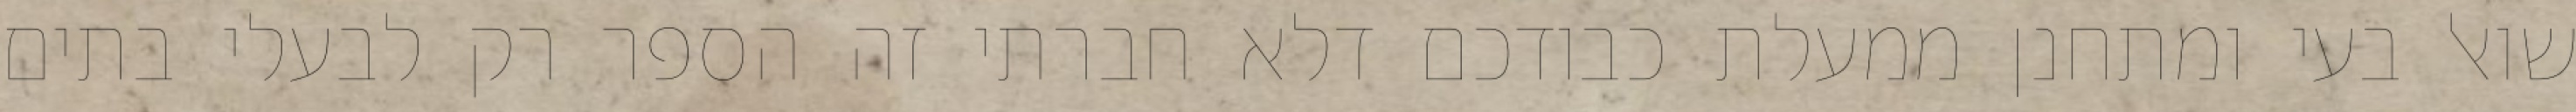
שואל בעי ומתחנן ממעלת כבודכם דלא חברתי זה הספר רק לבעלי בתים